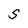
Character: S